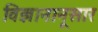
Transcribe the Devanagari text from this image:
विज्ञानानूसार